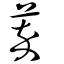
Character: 萃